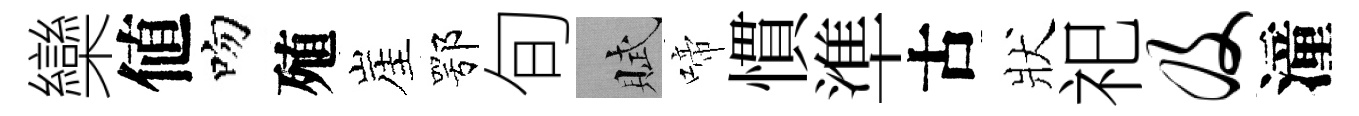
欒値吻殖崖鄂旬賦啼慣準古狀祀及潼